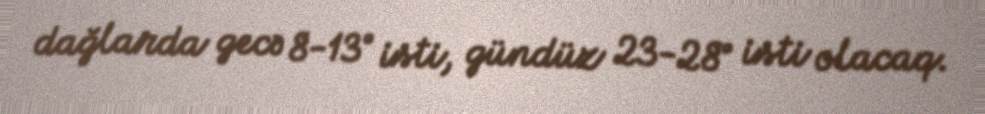
dağlarda gecə 8-13° isti, gündüz 23-28° isti olacaq.